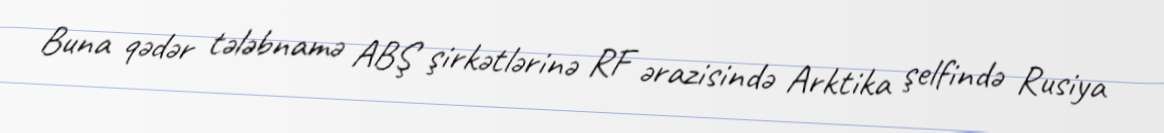
Buna qədər tələbnamə ABŞ şirkətlərinə RF ərazisində Arktika şelfində Rusiya